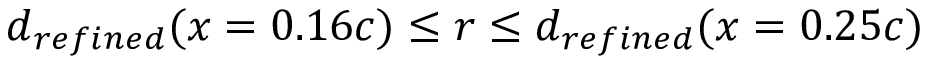
d _ { r e f i n e d } ( x = 0 . 1 6 c ) \leq r \leq d _ { r e f i n e d } ( x = 0 . 2 5 c )